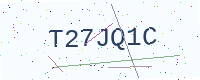
Text: T27JQ1C